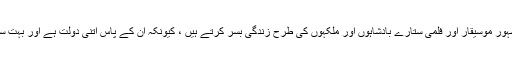
یہ ہمیشہ ایسا ہی لگتا ہے جیسے آج ہمارے پاس مشہور مشہور موسیقار اور فلمی ستارے بادشاہوں اور ملکہوں کی طرح زندگی بسر کرتے ہیں ، کیونکہ ان کے پاس اتنی دولت ہے اور بہت سارے لوگ ان کے بارے میں ہر چیز کو پسند کر رہے ہیں۔